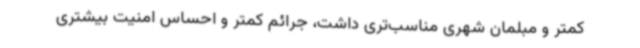
کمتر و مبلمان شهری مناسب‌تری داشت، جرائم کمتر و احساس امنیت بیشتری